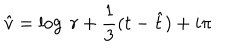
{ \hat { v } } = \log \ r + \frac { 1 } { 3 } ( t - { \hat { t } } ) + i \pi